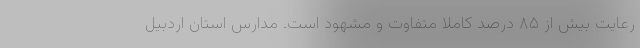
رعایت بیش از ۸۵ درصد کاملا متفاوت و مشهود است. مدارس استان اردبیل